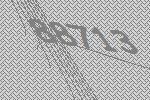
88713